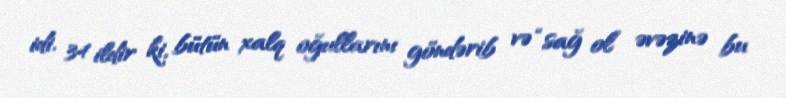
idi. 34 ildir ki, bütün xalq oğullarını göndərib və “sağ ol” əvəzinə bu